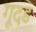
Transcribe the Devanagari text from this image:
गूदड